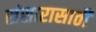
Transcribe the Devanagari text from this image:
संसारासाठी